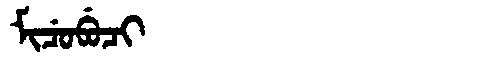
Manchu: ᠮᡳᠴᡠᠪᡠᠴᡳ
Romanization: MICUBUCI